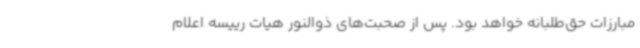
مبارزات حق‌طلبانه خواهد بود. پس از صحبت‌های ذوالنور هیات رییسه اعلام